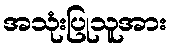
အသုံးပြုသူအား